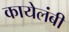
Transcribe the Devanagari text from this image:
कायेलंबी